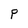
Character: P